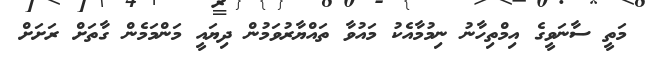
މަތީ ސާނަވީގެ އިމްތިހާނު ނިމުމާއެކު މައުވާ ތައްޔާރުވަމުން ދިޔައީ މަންމަމެން ގާތަށް ރަށަށް